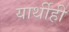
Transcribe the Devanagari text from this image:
यार्थीही